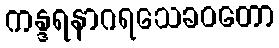
ကန္ဒရနာဂရသေခဝတော